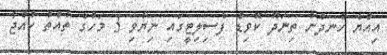
އިއްޔެ ހެނދުނު ތިނަދޫ ކޮވިޑް ފެސިލިޓީގައި ނިޔާވި 3 މަހުގެ ތުއްތު ކުއްޖާ